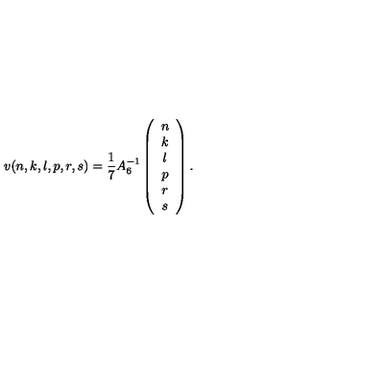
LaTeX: v ( n , k , l , p , r , s ) = \frac { 1 } { 7 } A _ { 6 } ^ { - 1 } \left( \begin{array} { c } { n } \\ { k } \\ { l } \\ { p } \\ { r } \\ { s } \\ \end{array} \right) .